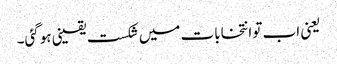
یعنی اب تو انتخابات میں شکست یقینی ہوگئی۔